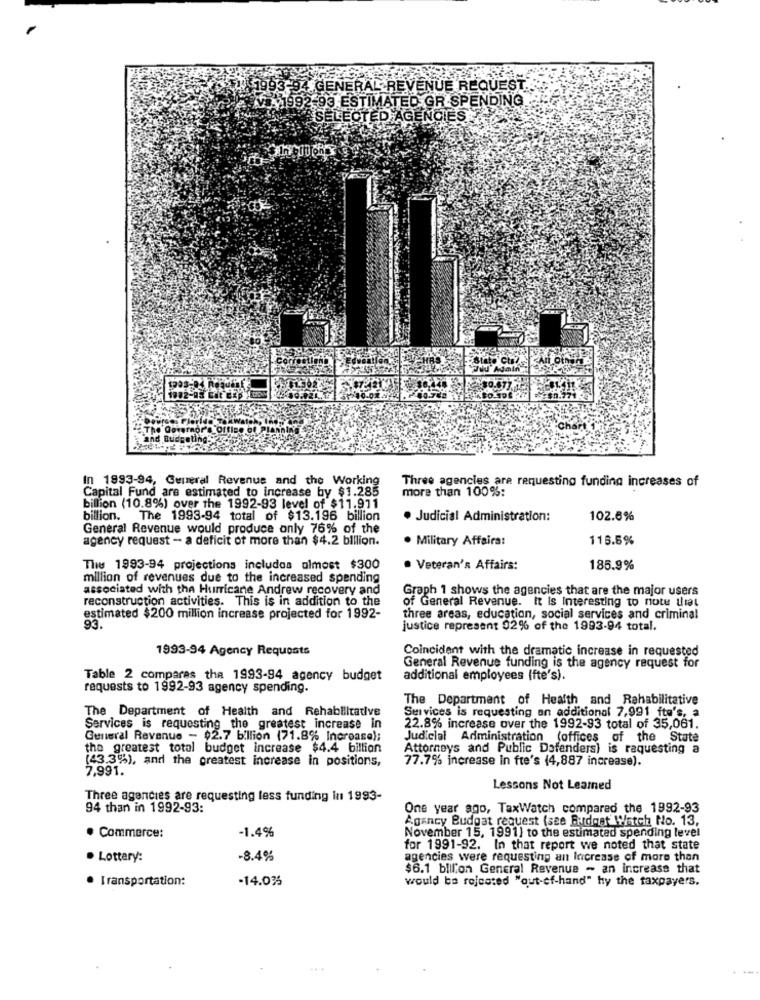
ENERAL REVENUE REQUEST.
ESTIMATED GR SPENDING.
LECTED AGENCIES
In 1993-94, General Revenue and the Working
Three agencies are requesting funding increases of
Capital Fund are estimated to increase by $1.285
more than 100%:
billion (10.8%) over the 1992-93 level of $11.911
billion. The 1993-94 total of $13.196 billion
· Judicial Administration:
102.6%
General Revenue would produce only 76% of the
agency request - a deficit of more than $4.2 billion.
. Military Affairs:
116.6%
This 1993-94 projections includea almost $300
· Veteran's Affairs:
185.9%
million of revenues due to the increased spending
associated with the Hurricane Andrew recovery and
Graph 1 shows the agencies that are the major users
reconstruction activities. This is in addition to the
of General Revenue. It Is Interesting to note uit
estimated $200 million increase projected for 1992-
three areas, education, social services and criminal
93.
justice represent 02% of the 1993-94 total.
1993-94 Agency Requests
Coincident with the dramatic increase in requested
General Revenue funding is the agency request for
Table 2 comparas the 1993-94_agency budget
additional employees (fte's).
requests to 1992-93 agency spending.
The Department of Health and Rehabilitative
The Department of Health and Rehabilitative
Services is requesting an additional 7,991 fte's, a
Services is requesting_the greatest increase in
22.8% increase over the 1992-93 total of 35,061.
General Revenue - 02.7 billion (71.8% Increase);
Judicial Administration (offices of the State
the greatest total budget increase $4.4 billion
Attorneys and Public Defenders) is requesting a
(43.3%), and the greatest increase in positions,
77.7% increase in fte's (4,887 increase).
7,991.
Lessons Not Leamed
Three agencies are requesting less funding in 1993-
94 than in 1992-93:
One year ago, TaxWatch compared the 1992-93
Agency Budgat request (see Budget Watch No. 13,
· Commerce:
-1.4%
November 15, 1991) to the estimated spending level
for 1991-92. In that report we noted that state
· Lottery:
-8.4%
agencies were requesting an Increase of more than
$6.1 billion General Revenue - an increase that
· Transportation:
-14.0%
would be rejected "out-of-hand" hy the taxpayers.